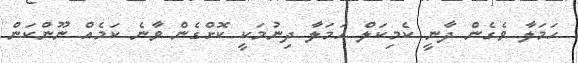
ހަމަލާ ވެގެން ދާނީ ކެމިކަލް ހަމަލާ ދިނުމަކީ ކޮށްގެން ވާނެ ކަމެއް ނޫންކަން